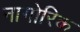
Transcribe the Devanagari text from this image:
नागोरिक